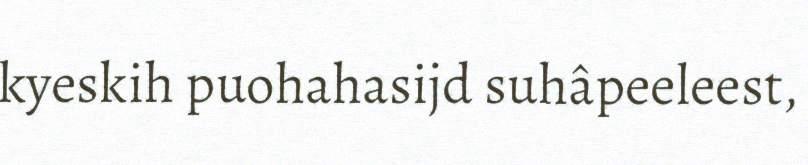
kyeskih puohahasijd suhâpeeleest,